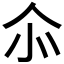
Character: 𠇍